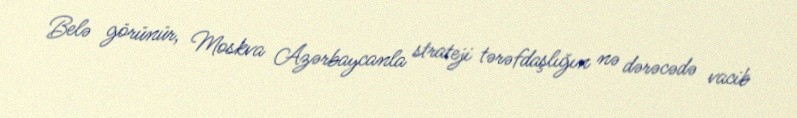
Belə görünür, Moskva Azərbaycanla strateji tərəfdaşlığın nə dərəcədə vacib